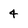
Character: 4